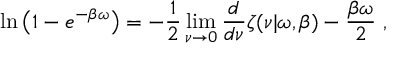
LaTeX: \ln \left( 1 - e ^ { - \beta \omega } \right) = - \frac 1 2 \operatorname * { l i m } _ { \nu \rightarrow 0 } { \frac { d } { d \nu } } \zeta ( \nu | \omega , \beta ) - { \frac { \beta \omega } { 2 } } ~ ,